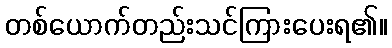
တစ်ယောက်တည်းသင်ကြားပေးရ၏။